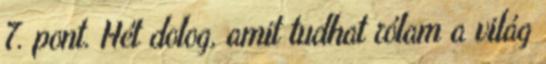
7. pont. Hét dolog, amit tudhat rólam a világ